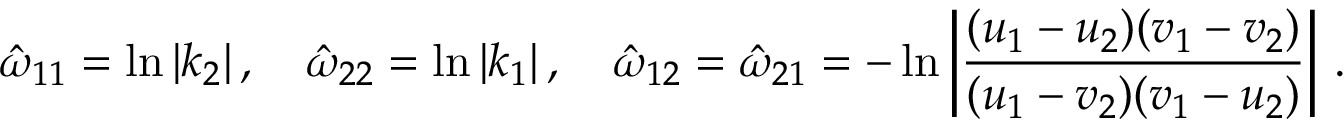
\hat { \omega } _ { 1 1 } = \ln | k _ { 2 } | \, , \quad \hat { \omega } _ { 2 2 } = \ln | k _ { 1 } | \, , \quad \hat { \omega } _ { 1 2 } = \hat { \omega } _ { 2 1 } = - \ln \left| \frac { ( u _ { 1 } - u _ { 2 } ) ( v _ { 1 } - v _ { 2 } ) } { ( u _ { 1 } - v _ { 2 } ) ( v _ { 1 } - u _ { 2 } ) } \right| \, .